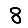
Digit: 8